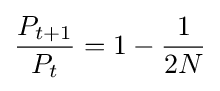
{\frac {P_{t+1}}{P_{t}}}=1-{\frac {1}{2N}}